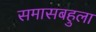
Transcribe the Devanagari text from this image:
समासबहुला